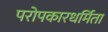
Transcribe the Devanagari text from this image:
परोपकारधर्मिता